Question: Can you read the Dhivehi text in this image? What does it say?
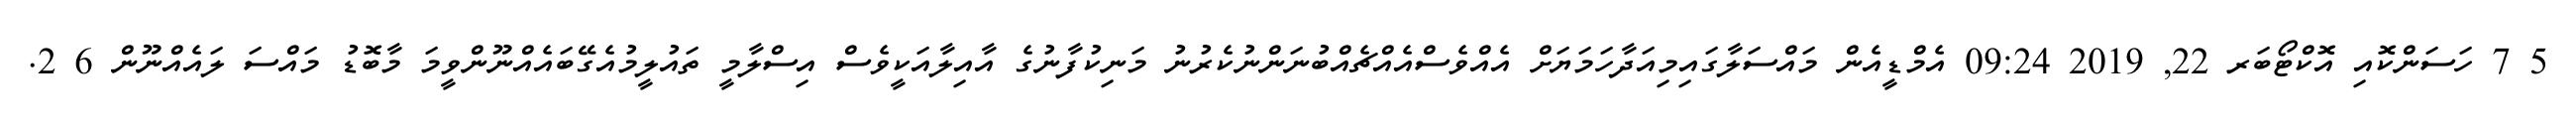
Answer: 5 7 ހަސަންކޮއި އޮކްޓޯބަރ 22, 2019 09:24 އެމްޑީއެން މައްސަލާގައިމިއަދާހަމަޔަށް އެއްވެސްއެއްޗެއްބުނަންނުކެރުނު މަނިކުފާނުގެ އާއިލާއަކީވެސް އިސްލާމީ ތައުލީމުއެގޭބައެއްނޫންވީމަ މާބޮޑު މައްސަ ލައެއްނޫން 6 2.